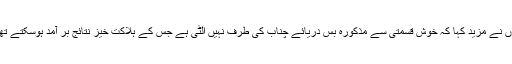
انہوں نے مزید کہا کہ خوش قسمتی سے مذکورہ بس دریائے چناب کی طرف نہیں اُلٹی ہے جس کے ہلاکت خیز نتائج بر آمد ہوسکتے تھے۔